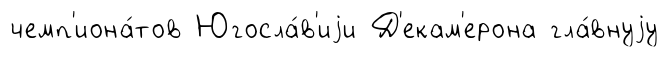
чемп'иона́тов Югосла́в'иjи Д'екам'ерона гла́внуjу